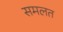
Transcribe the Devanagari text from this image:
समलत